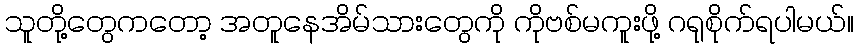
သူတို့တွေကတော့ အတူနေအိမ်သားတွေကို ကိုဗစ်မကူးဖို့ ဂရုစိုက်ရပါမယ်။